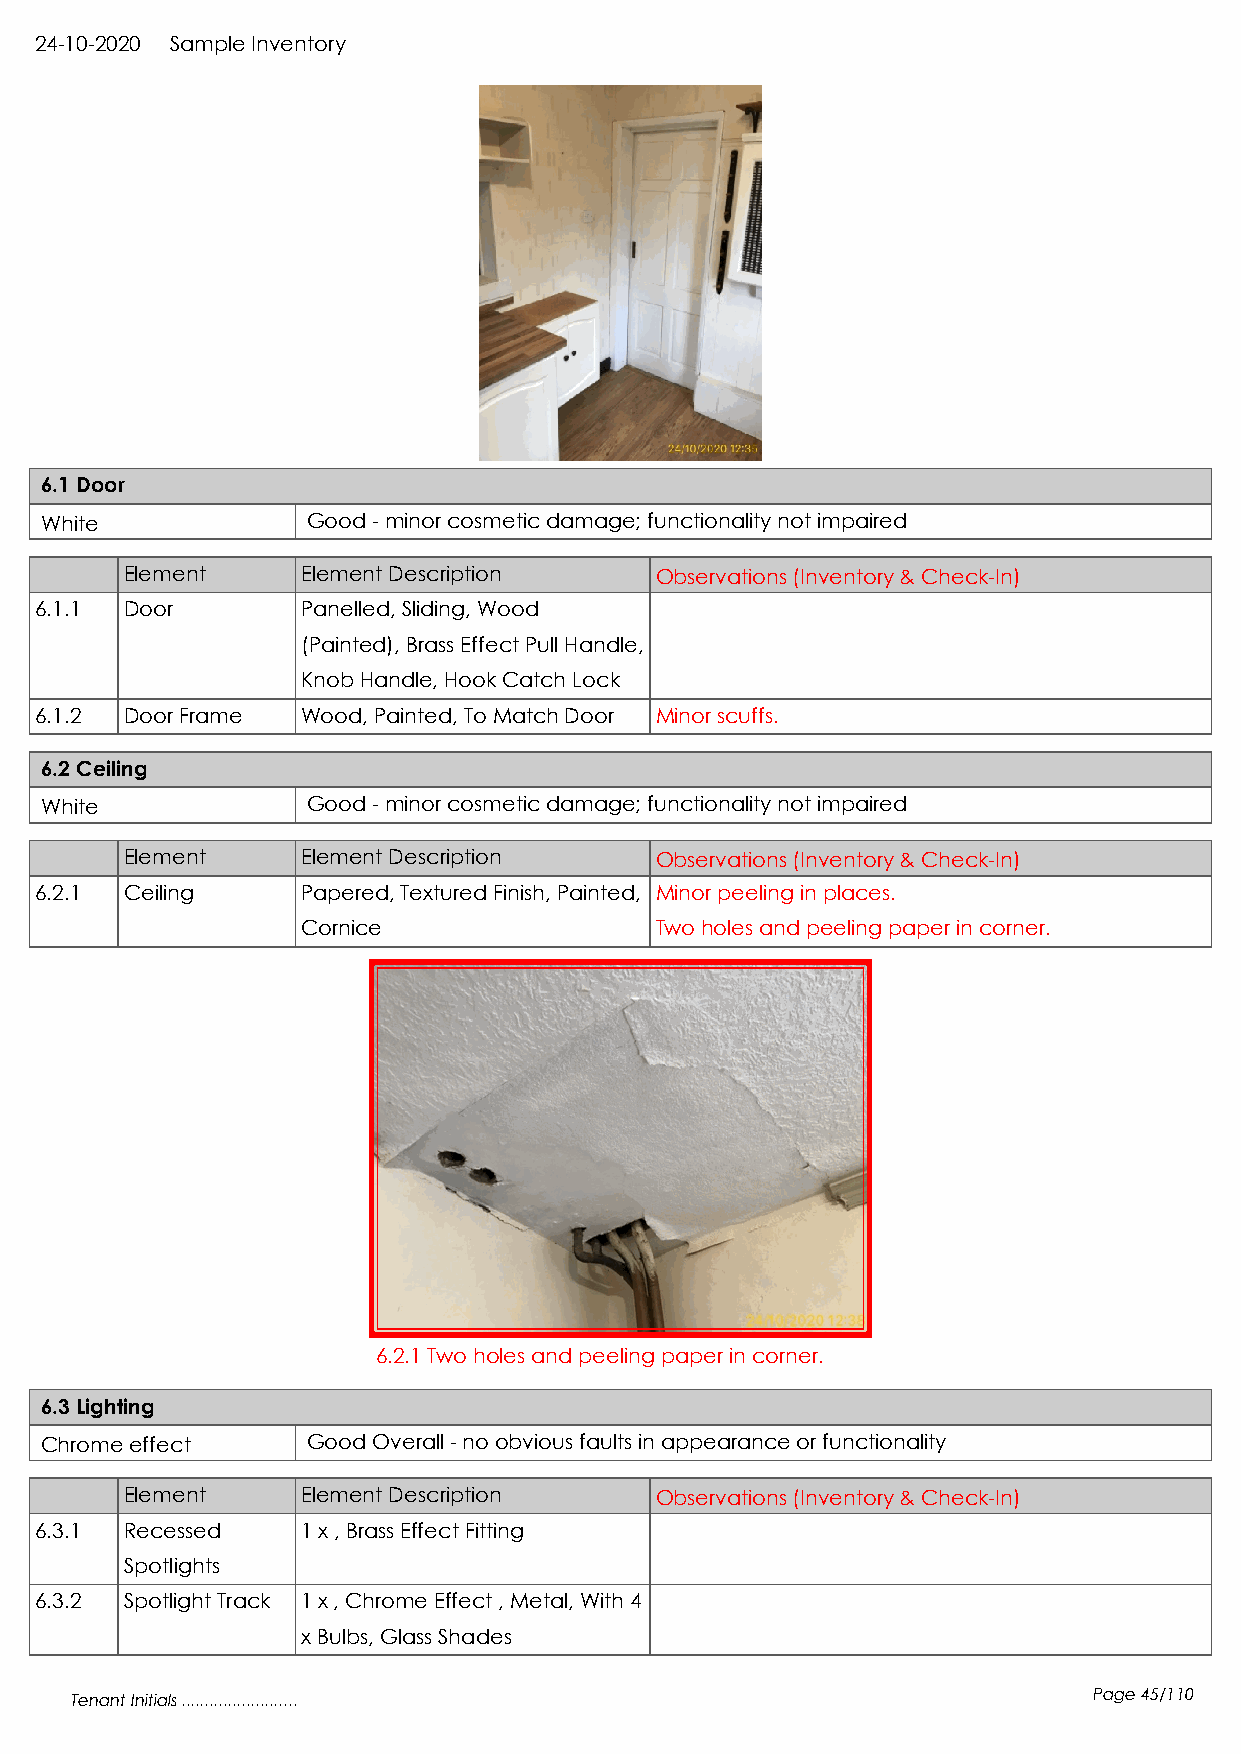
24-10-2020 Sample Inventory
 6.1 Door
 White            Good - minor cosmetic damage; functionality not impaired
 Element     Element Description    Observations (Inventory & Check-In)
 6.1.1 Door        Panelled, Sliding, Wood
 (Painted), Brass Effect Pull Handle,
 Knob Handle, Hook Catch Lock
 6.1.2 Door Frame  Wood, Painted, To Match Door Minor scuffs.
 6.2 Ceiling
 White            Good - minor cosmetic damage; functionality not impaired
 Element     Element Description    Observations (Inventory & Check-In)
 6.2.1 Ceiling     Papered, Textured Finish, Painted, Minor peeling in places.
 Cornice                Two holes and peeling paper in corner.
 6.2.1 Two holes and peeling paper in corner.
 6.3 Lighting
 Chrome effect    Good Overall - no obvious faults in appearance or functionality
 Element     Element Description    Observations (Inventory & Check-In)
 6.3.1 Recessed    1 x , Brass Effect Fitting
 Spotlights
 6.3.2 Spotlight Track 1 x , Chrome Effect , Metal, With 4
 x Bulbs, Glass Shades
 Tenant Initials .........................                          Page 45/110